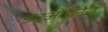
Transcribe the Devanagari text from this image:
ड्यूओडीनेल